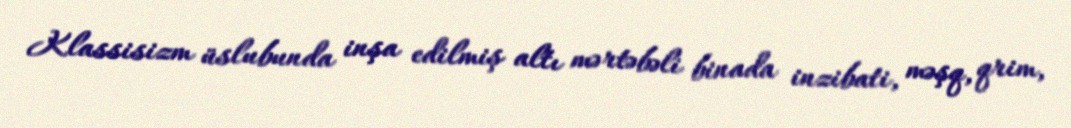
Klassisizm üslubunda inşa edilmiş altı mərtəbəli binada inzibati, məşq, qrim,